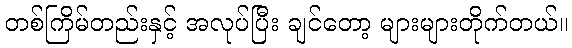
တစ်ကြိမ်တည်းနှင့် အလုပ်ပြီး ချင်တော့ များများတိုက်တယ်။